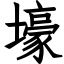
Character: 壕